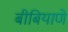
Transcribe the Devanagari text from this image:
बीबियाणे